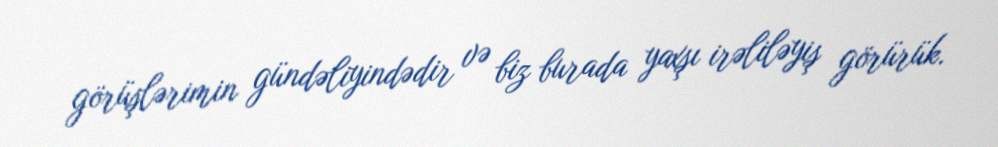
görüşlərimin gündəliyindədir və biz burada yaxşı irəliləyiş görürük.